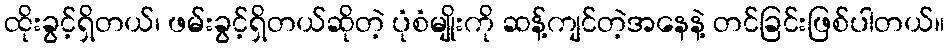
ထိုးခွင့်ရှိတယ်၊ ဖမ်းခွင့်ရှိတယ်ဆိုတဲ့ ပုံစံမျိုးကို ဆန့်ကျင်တဲ့အနေနဲ့ တင်ခြင်းဖြစ်ပါတယ်။